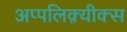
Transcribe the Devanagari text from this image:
अप्पलिक़्यीक्स